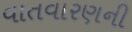
વાતવારણની